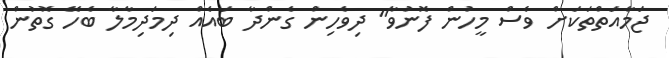
ޖަމާއަތްތަކަށް ވެސް މީހުން ފޮނުވާ" ދިވެހިން ގެންދާ ބައެއް ދިމަދިމާލާ ބެހޭ ގޮތުން